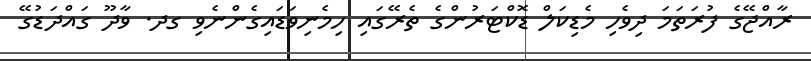
ރާއްޖޭގެ ފުރަތަމަ ދިވެހި މެޑިކަލް ޑޮކްޓަރުންގެ ތެރޭގައި ހިމެނިވަޑައިގެންނެވި ގދ. ވާދޫ ގައްދަޑުގޭ